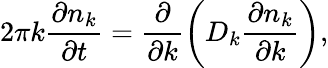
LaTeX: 2\pi k\frac{\partial n_{k}}{\partial t}=\frac{\partial}{\partial k}\left(D_{k}\frac{\partial n_{k}}{\partial k}\right),